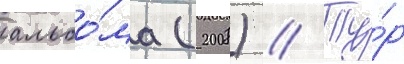
альбо́ма (2008) // Ту́р